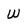
Character: W